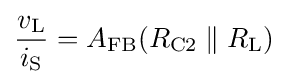
{\frac {v_{\mathrm {L} }}{i_{\mathrm {S} }}}=A_{\mathrm {FB} }(R_{\mathrm {C2} }\parallel R_{\mathrm {L} })\